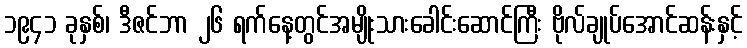
၁၉၄၁ ခုနှစ်၊ ဒီဇင်ဘာ ၂၆ ရက်နေ့တွင်အမျိုးသားခေါင်းဆောင်ကြီး ဗိုလ်ချုပ်အောင်ဆန်းနှင့်